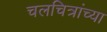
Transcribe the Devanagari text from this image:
चलचित्रांच्या